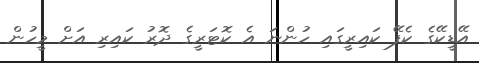
އޭޑީކޭގެ ކެފޭ ކައިރީގައި ހުންނަ އެ ކޮޓަރީގެ ދޮރު ކައިރި އަށް މީހުން